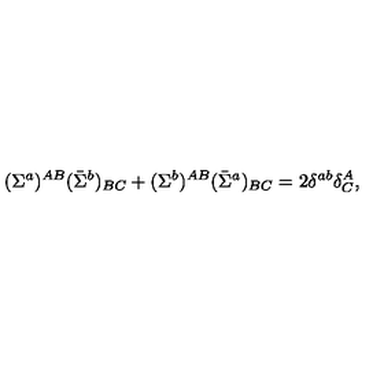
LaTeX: ( \Sigma ^ { a } ) ^ { A B } ( \bar { \Sigma } ^ { b } ) _ { B C } + ( \Sigma ^ { b } ) ^ { A B } ( \bar { \Sigma } ^ { a } ) _ { B C } = 2 \delta ^ { a b } \delta _ { C } ^ { A } ,